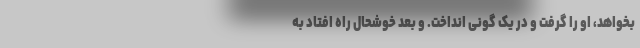
بخواهد، او را گرفت و در یک گونی انداخت. و بعد خوشحال راه افتاد به